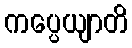
ကပ္ပေယျာတိ